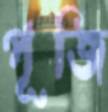
পূজি